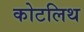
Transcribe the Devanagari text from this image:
कोटलिथ